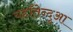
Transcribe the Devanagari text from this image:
यहाँतेन्दुआ